Vaccination in Bombay 1913-1923 - 1913-1923
Year: 1913
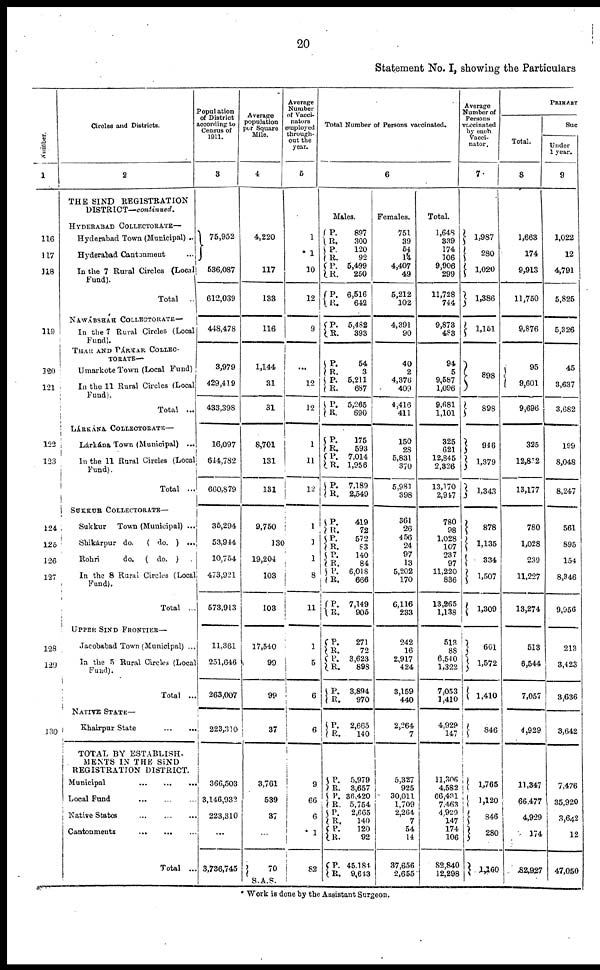
20
Statement No. I, showing the Particulars
Number.
1
116
117
118
119
120
121
122
123
124
125
126
127
128
129
130
Circles and Districts.
2
THE SIND REGISTRATION
DISTRICT—continued.
HYDERABAD COLLECTORATE—
Hyderabad Town (Municipal) ..
Hyderabad Cantonment ...
In the 7 Rural Circles (Local
Fund).
Total ..
NAWÁBSHÁH COLLECTORATE—
In the 7 Rural Circles (Local
Fund).
THAR AND PÁRKAR COLLEC-
TORATE—
Umarkote Town (Local Fund)
In the 11 Rural Circles (Local
Fund).
Total ...
LÁRKÁNA COLLECTORATE—
Lárkána Town (Municipal) ...
In the 11 Rural Circles (Local
Fund).
Total ...
SUKKUR
COLLECTORATE—
Sukkur
Town (Municipal) ...
Shikárpur do.
( do. ) ...
Rohri
do.
( do. )
In the 8 Rural Circles (Local
Fund).
Total ...
UPPER SIND FRONTIER—
Jacobabad Town (Municipal) ...
In the 5 Rural Circles (Local
Fund).
Total ...
NATIVE STATE—
Khairpur State
...
...
TOTAL BY ESTABLISH-
MENTS IN THE SIND
REGISTRATION DISTRICT.
Municipal
...
...
...
Local Fund
...
...
...
Native States ... ... ...
Cantonments
...
...
...
Total ...
Population
of District
according to
Census of
1911.
3
75,952
536,087
612,039
448,478
3,979
429,419
433,398
16,097
644,782
660,879
35,294
53,944
10,754
473,921
573,913
11,361
251,646
263,007
223,310
366,503
3,146,932
223,310
...
3,736,745
Average
population
per Square
Mile.
4
4,220
117
133
116
1,144
31
31
8,701
131
131
9,750
130
19,204
103
103
17,540
99
99
37
3,761
539
37
...
70
S.A.S.
Average
Number
of Vacci-
nators
employed
through-
out the
year.
5
1
*1
10
12
9
...
12
12
1
11
12
1
1
1
8
11
1
5
6
6
9
66
6
*1
82
Total Number of Persons vaccinated.
6
Males.
P.
R.
P.
R.
P.
R.
P.
R.
P.
R.
P.
R.
P.
R.
P.
R.
R.
R.
P.
R.
P.
R.
P.
R.
P.
R.
P.
R.
P.
R.
P.
R.
P.
R.
P.
R.
P.
R.
P.
R.
P.
R.
P.
R.
P.
R.
P.
R.
P.
R.
897
300
120
92
5,499
250
6,516
642
5,482
393
54
3
5,211
687
5,265
690
175
593
7,014
1,956
7,189
2,549
419
72
572
83
140
84
6,018
666
7,149
905
271
72
3,623
898
3,894
970
2,665
140
5,979
3,657
36,420
5,754
2,665
140
120
92
45,184
9,643
Females.
751
39
54
l4
4,407
49
5,212
102
4,391
90
40
2
4,376
409
4,416
411
150
28
5,831
370
5,981
398
361
26
456
24
97
13
5,202
170
6,116
233
242
16
2,917
424
3,159
440
2,264
7
5,327
925
30,011
1,709
2,264
7
54
14
37,656
2,655
Total.
1,648
339
174
106
9,906
299
11,728
744
9,873
483
94
5
9,587
1,096
9,681
1,101
325
621
12,845
2,326
13,170
2,947
780
98
1,028
107
237
97
11,220
836
13,265
1,138
513
88
6,540
1,322
7,053
1,410
4,929
147
11,306
4,582
66,431
7,463
4,929
147
174
106
82,840
12,298
Average
Number of
Persons
vaccinated
by each
Vacci-
nator.
7
1,987
280
1,020
1,386
1,151
898
898
946
1,379
1,343
878
1,135
334
1,507
1,309
601
1,572
1,410
846
1,765
1,120
846
280
1,160
PRIMARY
Total.
8
1,663
174
9,913
11,750
9,876
95
9,601
9,696
325
12,852
13,177
780
1,028
239
11,227
13,274
513
6,544
7,057
4,929
11,347
66,477
4,929
174
82,927
Suc
Under
1 year.
9
1,022
12
4,791
5,825
5,326
45
3,637
3,682
199
8,048
8,247
561
895
154
8,346
9,956
213
3,423
3,636
3,642
7,476
35,920
3,642
12
47,050
* Work is done by the Assistant Surgeon.